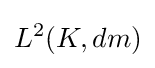
L^{2}(K,dm)